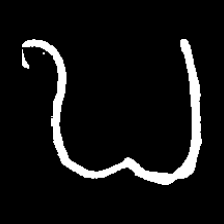
Pyu character \u2014 Myanmar letter: ဎ (romanized: ddha)